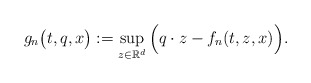
\begin{align*}g_n\big(t,q,x\big):=\sup_{z\in \mathbb{R}^d}\Big( q\cdot z - f_n(t,z,x)\Big).\end{align*}